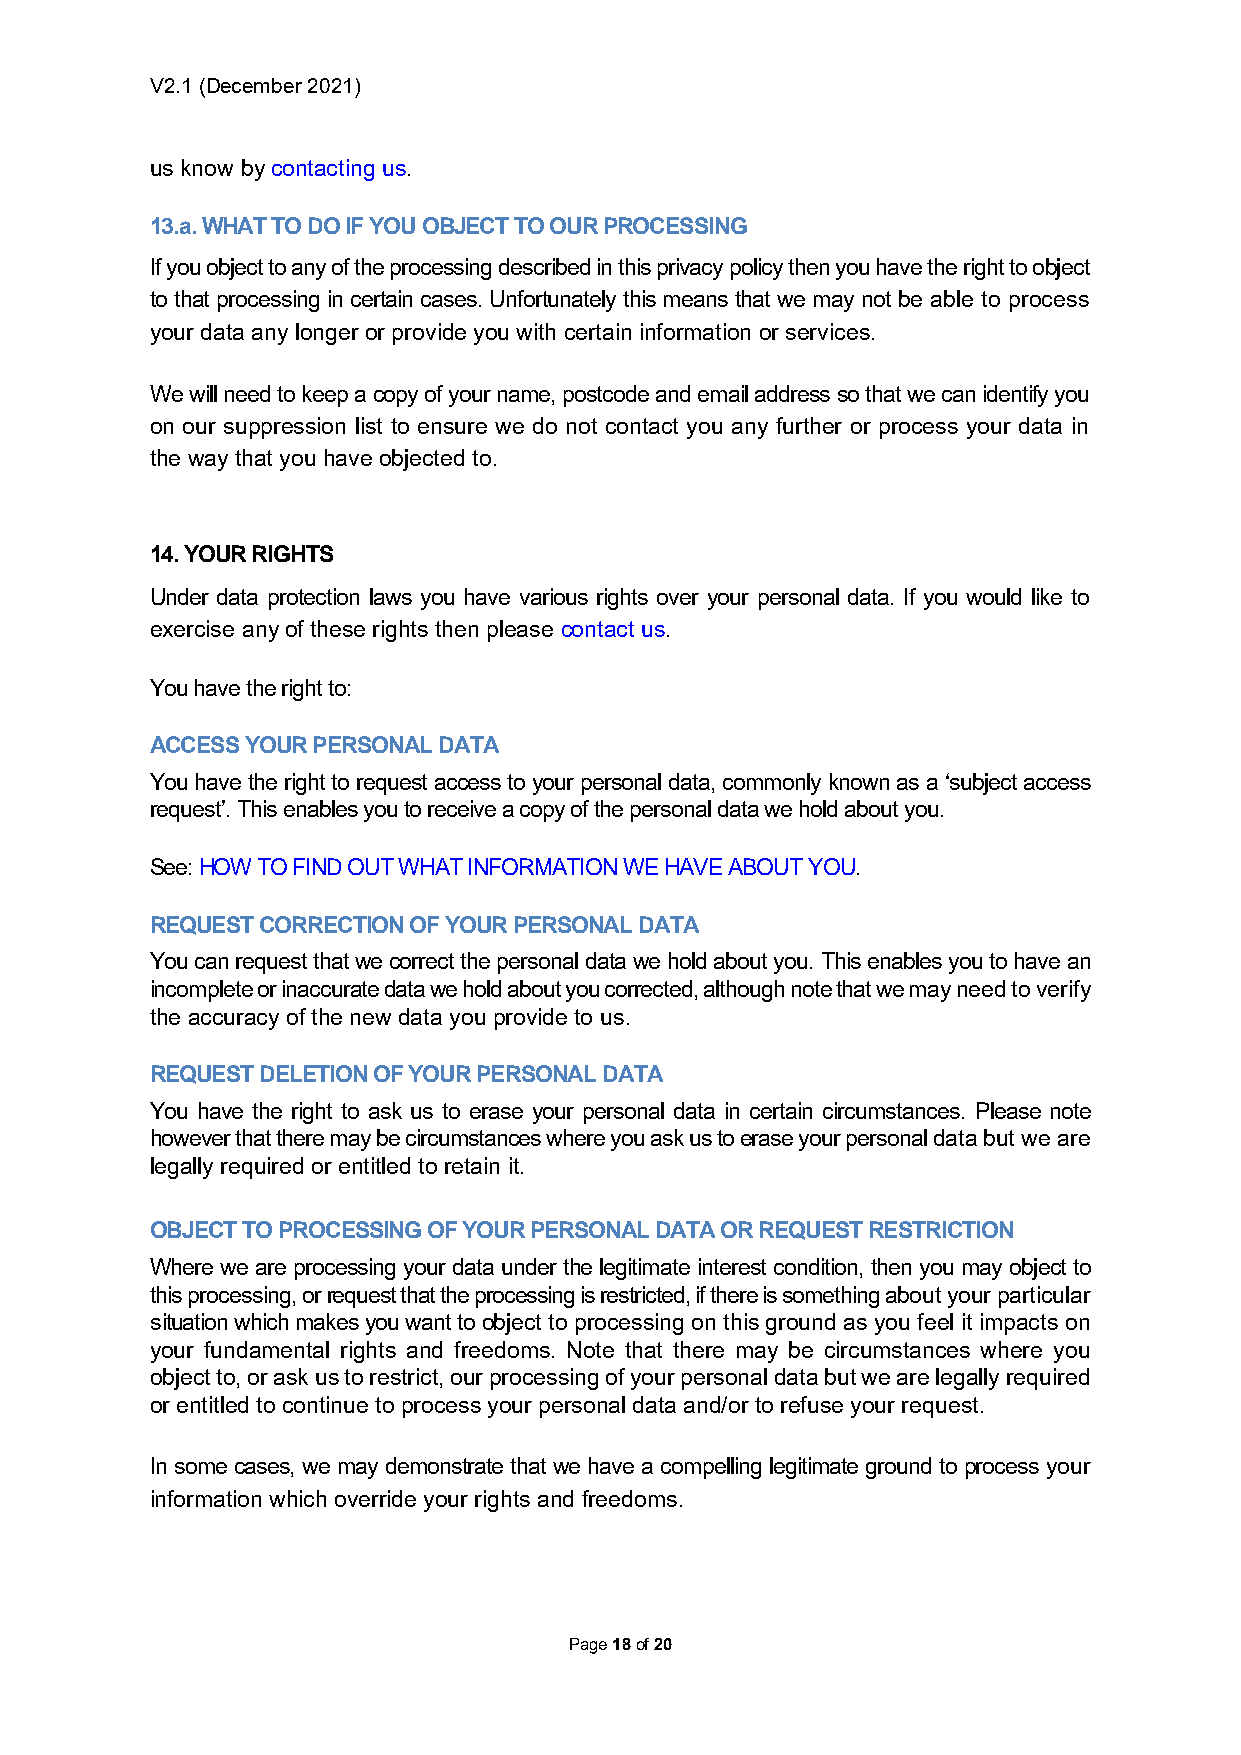
V2.1 (December 2021)
 us know by contacting us.
 13.a. WHAT TO DO IF YOU OBJECT TO OUR PROCESSING
 If you object to any of the processing described in this privacy policy then you have the right to object
 to that processing in certain cases. Unfortunately this means that we may not be able to process
 your data any longer or provide you with certain information or services.
 We will need to keep a copy of your name, postcode and email address so that we can identify you
 on our suppression list to ensure we do not contact you any further or process your data in
 the way that you have objected to.
 14. YOUR RIGHTS
 Under data protection laws you have various rights over your personal data. If you would like to
 exercise any of these rights then please contact us.
 You have the right to:
 ACCESS YOUR PERSONAL DATA
 You have the right to request access to your personal data, commonly known as a ‘subject access
 request’. This enables you to receive a copy of the personal data we hold about you.
 See: HOW TO FIND OUT WHAT INFORMATION WE HAVE ABOUT YOU.
 REQUEST CORRECTION OF YOUR PERSONAL DATA
 You can request that we correct the personal data we hold about you. This enables you to have an
 incomplete or inaccurate data we hold about you corrected, although note that we may need to verify
 the accuracy of the new data you provide to us.
 REQUEST DELETION OF YOUR PERSONAL DATA
 You have the right to ask us to erase your personal data in certain circumstances. Please note
 however that there may be circumstances where you ask us to erase your personal data but we are
 legally required or entitled to retain it.
 OBJECT TO PROCESSING OF YOUR PERSONAL DATA OR REQUEST RESTRICTION
 Where we are processing your data under the legitimate interest condition, then you may object to
 this processing, or request that the processing is restricted, if there is something about your particular
 situation which makes you want to object to processing on this ground as you feel it impacts on
 your fundamental rights and freedoms. Note that there may be circumstances where you
 object to, or ask us to restrict, our processing of your personal data but we are legally required
 or entitled to continue to process your personal data and/or to refuse your request.
 In some cases, we may demonstrate that we have a compelling legitimate ground to process your
 information which override your rights and freedoms.
 Page 18 of 20